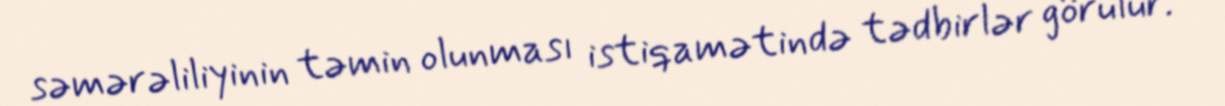
səmərəliliyinin təmin olunması istiqamətində tədbirlər görülür.